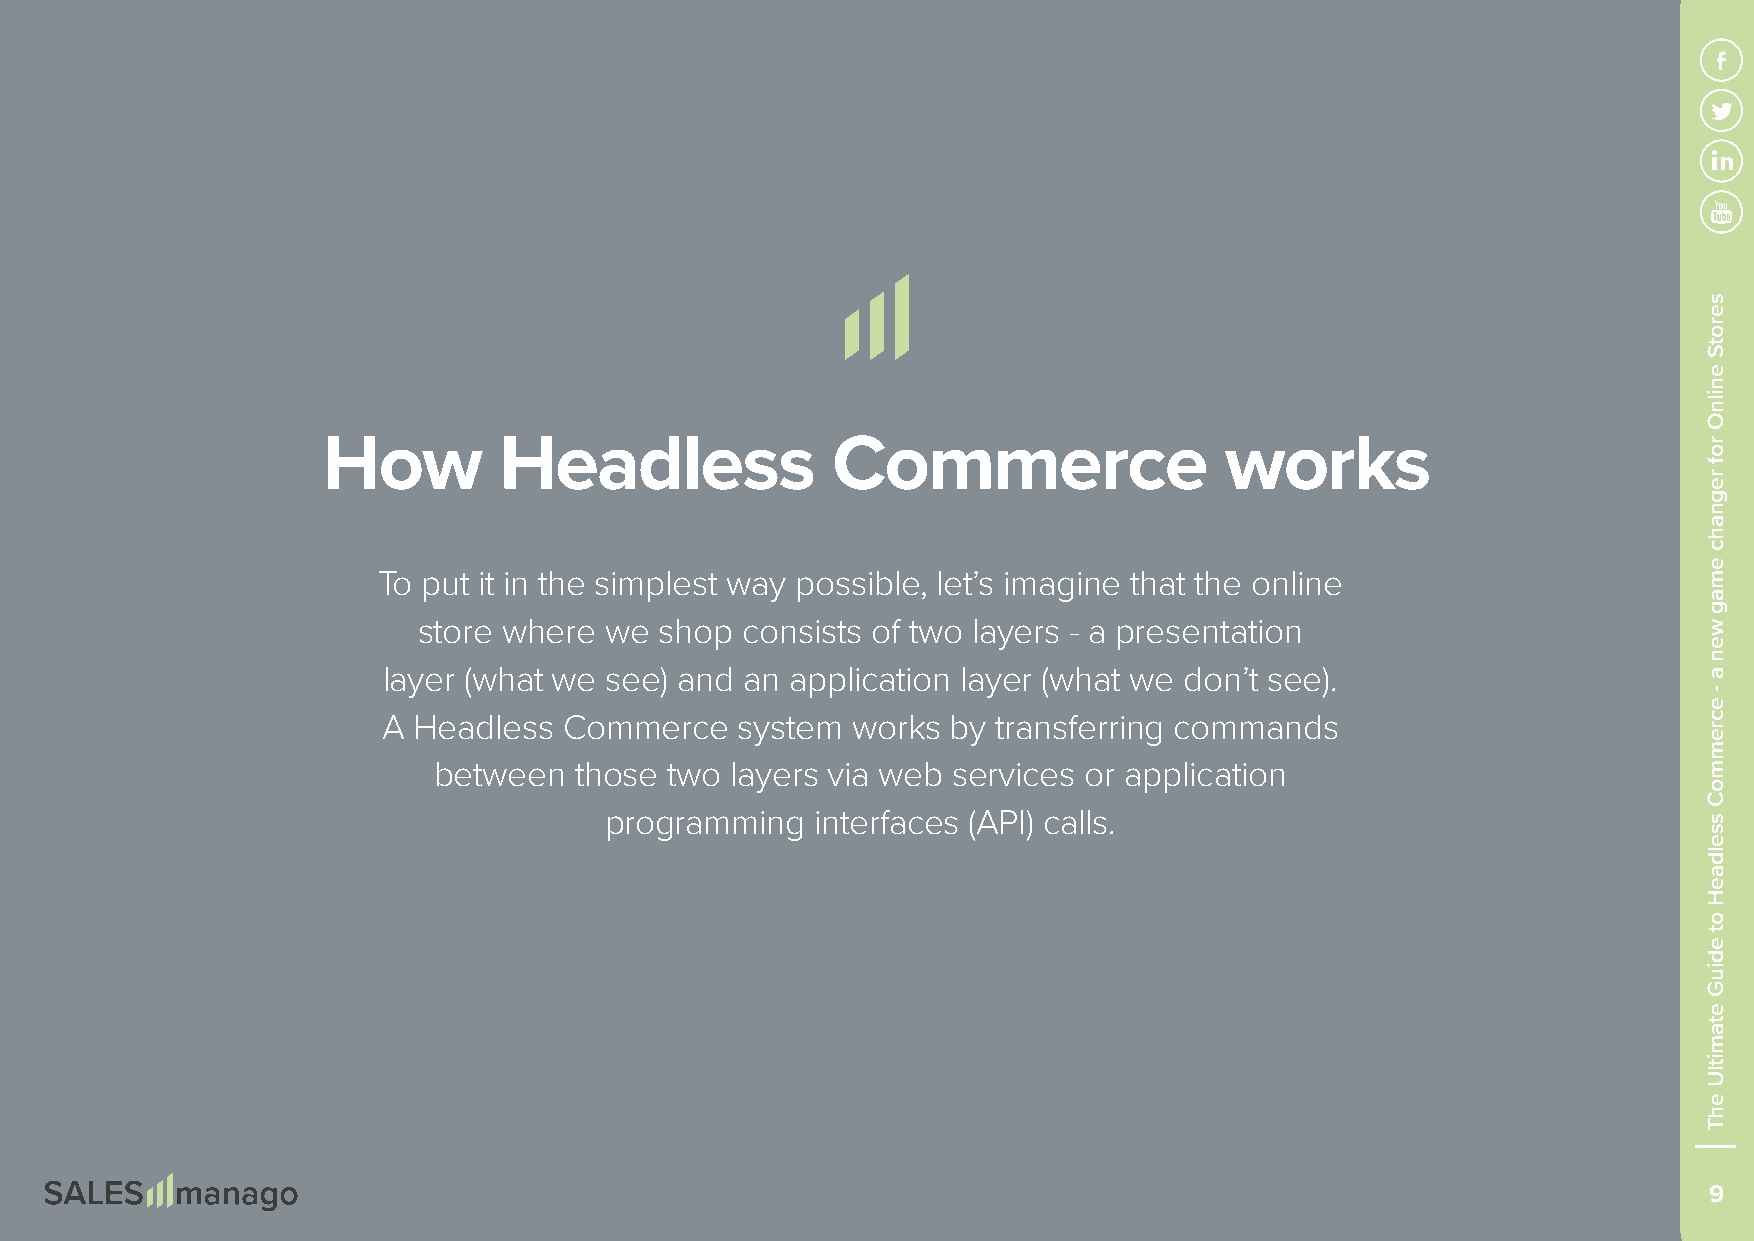
How         Headless              Commerce                  works
 To put it in the simplest way possible, let’s imagine that the online
 store where we  shop consists of two layers - a presentation
 layer (what we see) and an application layer (what we don’t see).
 A Headless  Commerce    system works  by transferring commands
 between  those two layers via web services or application
 programming   interfaces (API) calls.
 9
 serotS
 enilnO
 rof
 regnahc
 emag
 wen
 a
 -
 ecremmoC
 sseldaeH
 ot
 ediuG
 etamitlU
 ehT